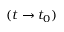
( t \rightarrow t _ { 0 } )